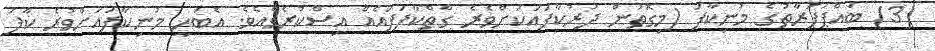
(3) ބައްޕަފަރާތުގެ މުނިކާފަ (މިގޮތުން ދުރުކާފައަކަށްވެރެ ގާތްކާފަފައެއް އިސްކުރެވެއެވެ. އެބަހީ މުނިކާފައަށްވުރެ ކާފަ